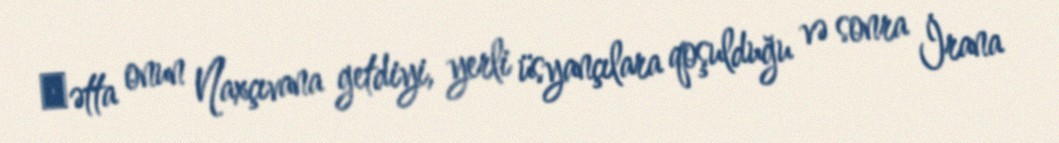
Һətta onun Naxçıvana getdiyi, yerli üsyançılara qoşulduğu və sonra İrana